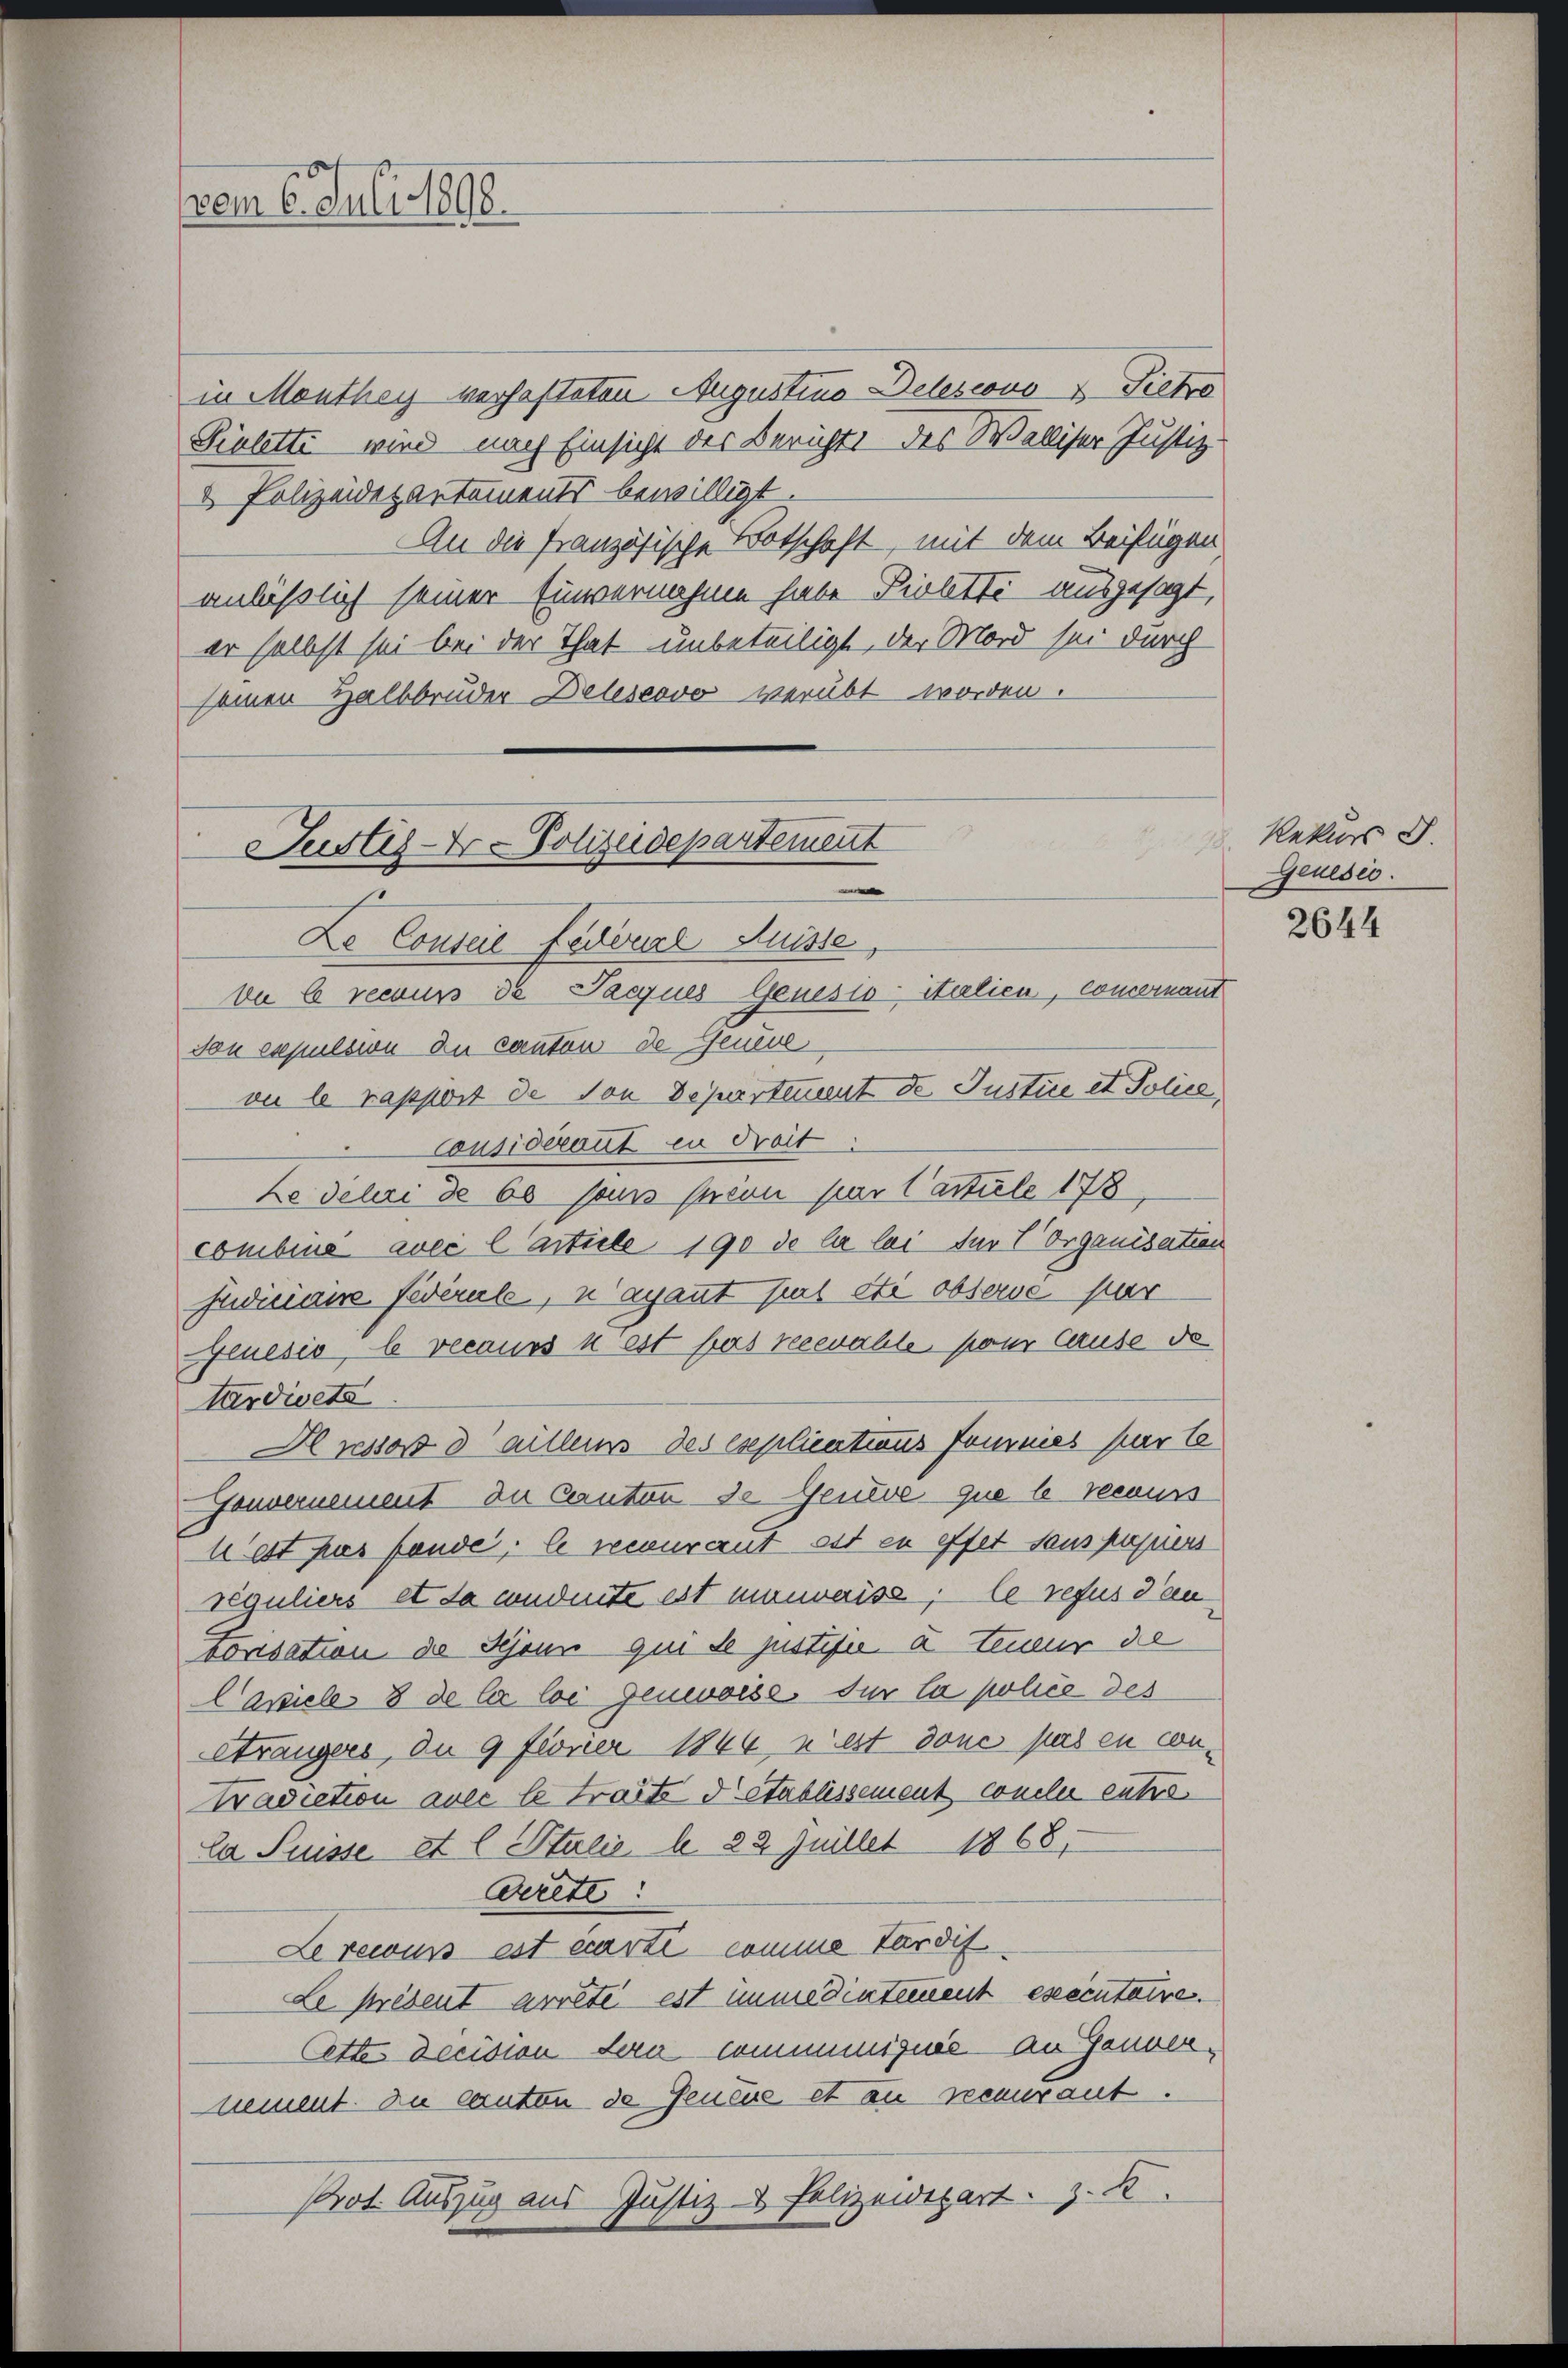
vem 6. Juli 1898

in Menthey verhafteten Augustins Delescovo Pietro
Sieletti wird nach Einsicht der Berichts des Walliser Justiz.
 Polizeidepartements bewilligt.
An die französische Botschaft, mit dem Beifügen
anläßlich seiner Einvernahme habe Piolette ausgesagt,
er selbst sei bei der That unbeteiligt, der Mord sei durch
seinen Halbbruder Deleseovo verübt worden.

13

Justiz-Dr. Polizeidepartement
e
De Conseil Federial Suisse

be le recurs de Pacques Genesis-Italien, concernant
don expulsion zu Canton de Feuere
on le rapport de von Departement de Justice et Police
Considerant in dreit
Le debei de 60 sans seien par l’article 178
combine avec l article 190 de la loi für 1 Organisation
Judiciaire Federule, n’ayant pas éti observe par
Jenesis, le vecaurs n’est pas recevable, pour lause de
Sardicta
Hussor dailleins des explications sommes parte
Gouvernement die Canton de Geneve que le recours
West pas fondé, le recurant est in effet sans papiers
reguliers et da conduite ist monnaise, le refus den
sorisation de Schönn qui de justifie a teur de
Caviele 8 de la loi Genevoise. Für la polie des
eträngers, da 9 feoner 1864 nest donc pas en con¬
Tradiction avec le tracte detablissement concle entre
Ca Puisse et l Stalić b. 22 Juillet 1868,
Cerete
Lerewiss est carti comme tardif
Le présent arrêté est immediatement esecutaire.
Cettes Decision dera communiquée an Gauvernement du canten de Geneue et au recurant.
Prot. Auszug aus Justiz- & Polizeidepart. z. K.

Rekurs S.
Genesis.

2644